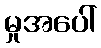
မှုအပေါ်